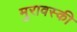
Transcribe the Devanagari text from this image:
मुरावस्की